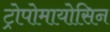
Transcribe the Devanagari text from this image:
ट्रोपोमायोसिन